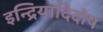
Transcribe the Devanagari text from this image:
इन्द्रियादिदोष